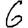
Digit: 6